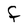
Character: f